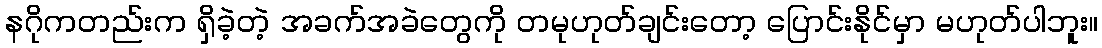
နဂိုကတည်းက ရှိခဲ့တဲ့ အခက်အခဲတွေကို တမုဟုတ်ချင်းတော့ ပြောင်းနိုင်မှာ မဟုတ်ပါဘူး။